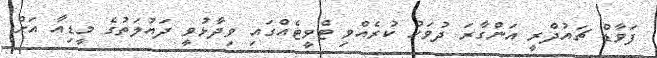
ފަވާޑް ޗައުދްރީ އަންގާރަ ދުވަހު ކުރެއްވި ޓްވީޓެއްގައި ވިދާޅުވީ ދައުލަތުގެ މީޑިއާ އަށް